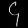
Digit: ၄